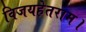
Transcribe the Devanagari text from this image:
विजयहेतराम।